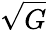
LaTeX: \sqrt{G}